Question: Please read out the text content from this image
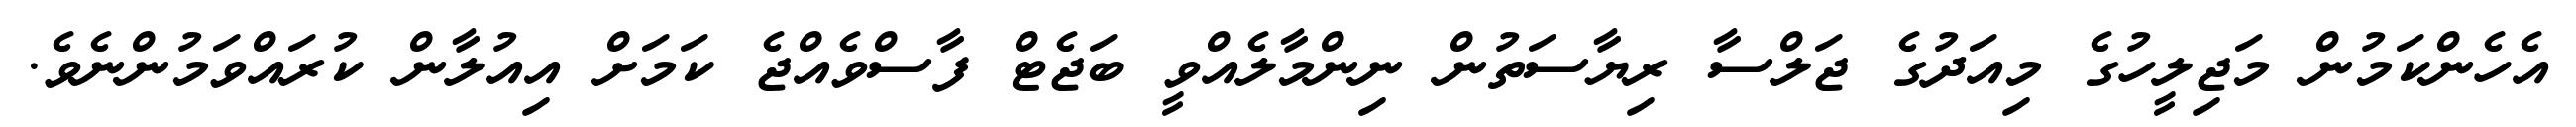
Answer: އެހެންކަމުން މަޖިލީހުގެ މިއަދުގެ ޖަލްސާ ރިޔާސަތުން ނިންމާލެއްވީ ބަޖެޓް ފާސްވެއްޖެ ކަމަށް އިއުލާން ކުރައްވަމުންނެވެ.